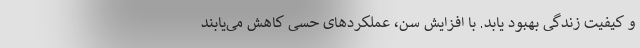
و کیفیت زندگی بهبود یابد. با افزایش سن، عملکردهای حسی کاهش می‌یابند